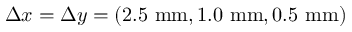
\Delta x = \Delta y = ( 2 . 5 \ \mathrm { m m } , 1 . 0 \ \mathrm { m m } , 0 . 5 \ \mathrm { m m } )